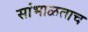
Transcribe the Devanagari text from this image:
सांभाळताच